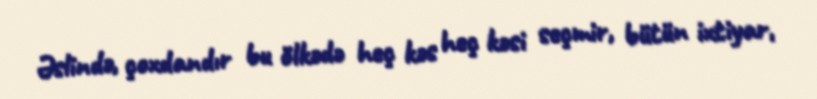
Əslində, çoxdandır bu ölkədə heç kəs heç kəsi seçmir, bütün ixtiyar,